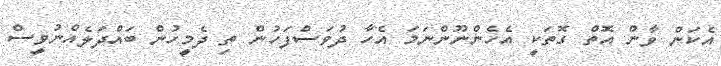
އެކަން ވާން އޮތް ގޮތަކީ އެހެންނޫންނަމަ އެހާ ދުވަސްފަހުން ތި ދެމީހުން ބައްދަލެއްނުވީސް